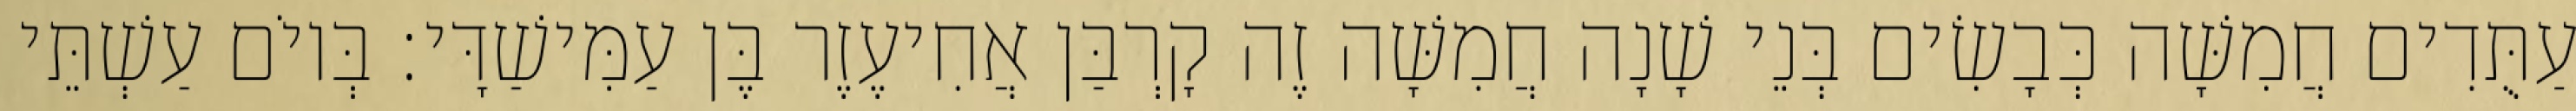
עַתֻּדִים חֲמִשָּׁה כְּבָשִׂים בְּנֵי שָׁנָה חֲמִשָּׁה זֶה קָרְבַּן אֲחִיעֶזֶר בֶּן עַמִּישַׁדָּי׃ בְּיוֹם עַשְׁתֵּי